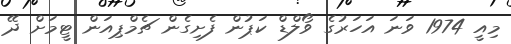
މިއީ 1974 ވަނަ އަހަރުގެ ވޯލްޑް ކަޕުން ފެށިގެން ޗެމްޕިއަން ޓީމަށް ދޭ